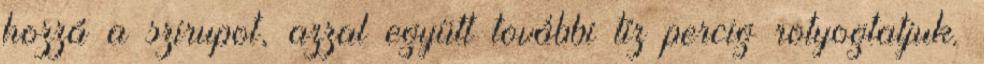
hozzá a szirupot, azzal együtt további tíz percig rotyogtatjuk.